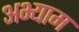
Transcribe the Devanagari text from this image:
अभ्याम